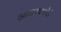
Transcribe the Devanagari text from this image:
आक्साफोर्ड